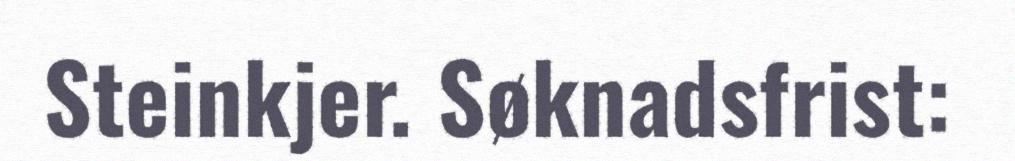
Steinkjer. Søknadsfrist: